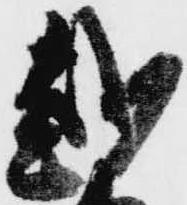
越